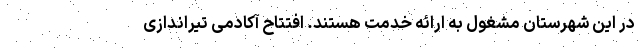
در این شهرستان مشغول به ارائه خدمت هستند. افتتاح آکادمی تیراندازی